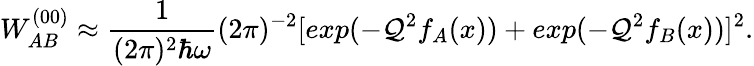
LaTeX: W_{AB}^{(00)}\approx\frac{1}{(2\pi)^{2}\hbar\omega}(2\pi)^{-2}[exp(-{\cal Q}^{2}f_{A}(x))+exp(-{\cal Q}^{2}f_{B}(x))]^{2}.